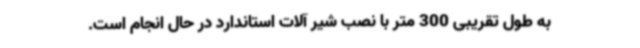
به طول تقریبی 300 متر با نصب شیر آلات استاندارد در حال انجام است.